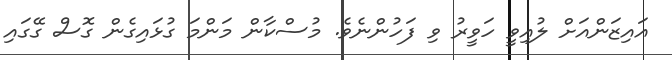
އައިޒަންއަށް ލުއިވީ ހަވީރު ވި ފަހުންނެވެ. މުސްކާން މަންމަ ގުޅައިގެން ގޮސް ގޭގައި